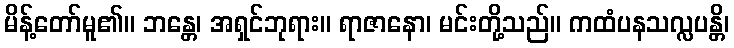
မိန့်တော်မူ၏။ ဘန္တေ၊ အရှင်ဘုရား။ ရာဇာနော၊ မင်းတို့သည်။ ကထံပနသလ္လပန္တိ၊